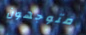
متوجهون